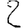
Digit: 2